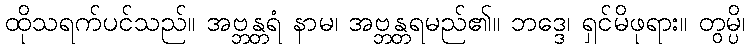
ထိုသရက်ပင်သည်။ အဗ္ဘန္တရံ နာမ၊ အဗ္ဘန္တရမည်၏။ ဘဒ္ဒေ၊ ရှင်မိဖုရား။ တွမ္ပိ၊